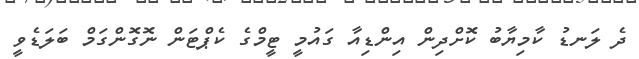
ދެ ލަނޑު ކާމިޔާބު ކޮށްދިން އިންޑިއާ ގައުމީ ޓީމްގެ ކެޕްޓަން ނޮގޮންގަމް ބަލަޑެވީ